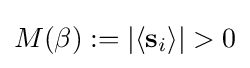
M(\beta ):=|\langle \mathbf {s} _{i}\rangle |>0